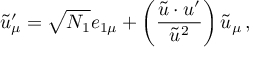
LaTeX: \tilde { u } _ { \mu } ^ { \prime } = \sqrt { N _ { 1 } } e _ { 1 \mu } + \left( \frac { \tilde { u } \cdot u ^ { \prime } } { \tilde { u } ^ { 2 } } \right) \tilde { u } _ { \mu } \, ,